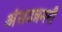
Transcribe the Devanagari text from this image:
अंसउन्नमनी